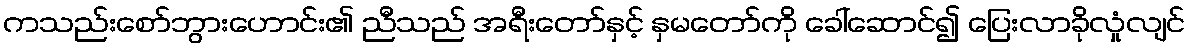
ကသည်းစော်ဘွားဟောင်း၏ ညီသည် အရီးတော်နှင့် နှမတော်ကို ခေါ်ဆောင်၍ ပြေးလာခိုလှုံလျင်